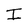
Character: I